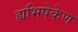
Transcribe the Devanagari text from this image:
ह्यभिषेकेण